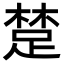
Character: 䠂